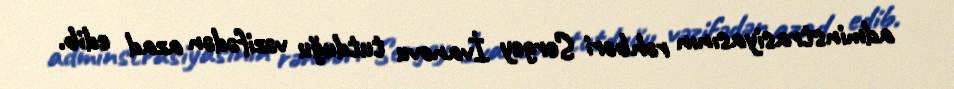
adminstrasiyasının rəhbəri Sergey İvanovu tutduğu vəzifədən azad edib.